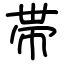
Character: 帯